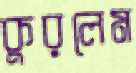
কুরলেম